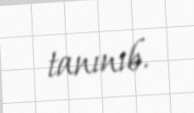
tanınıb.